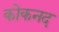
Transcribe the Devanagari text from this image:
कोकनद